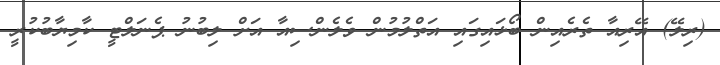
(ރިލޭ) އޭރިއާ ތެރެއިން ބޯޅައިގައި އަތްލުމުން ވެލެންސިއާ އަށް ލިބުނު ޕެނަލްޓީ ކާމިޔާބުކުރީ